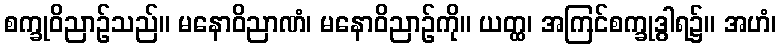
စက္ခုဝိညာဉ်သည်။ မနောဝိညာဏံ၊ မနောဝိညာဉ်ကို။ ယတ္ထ၊ အကြင်စက္ခုဒွါရ၌။ အဟံ၊